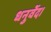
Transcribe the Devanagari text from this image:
धनुर्वेद।